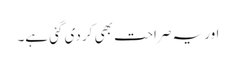
اور یہ صراحت بھی کر دی گئی ہے۔